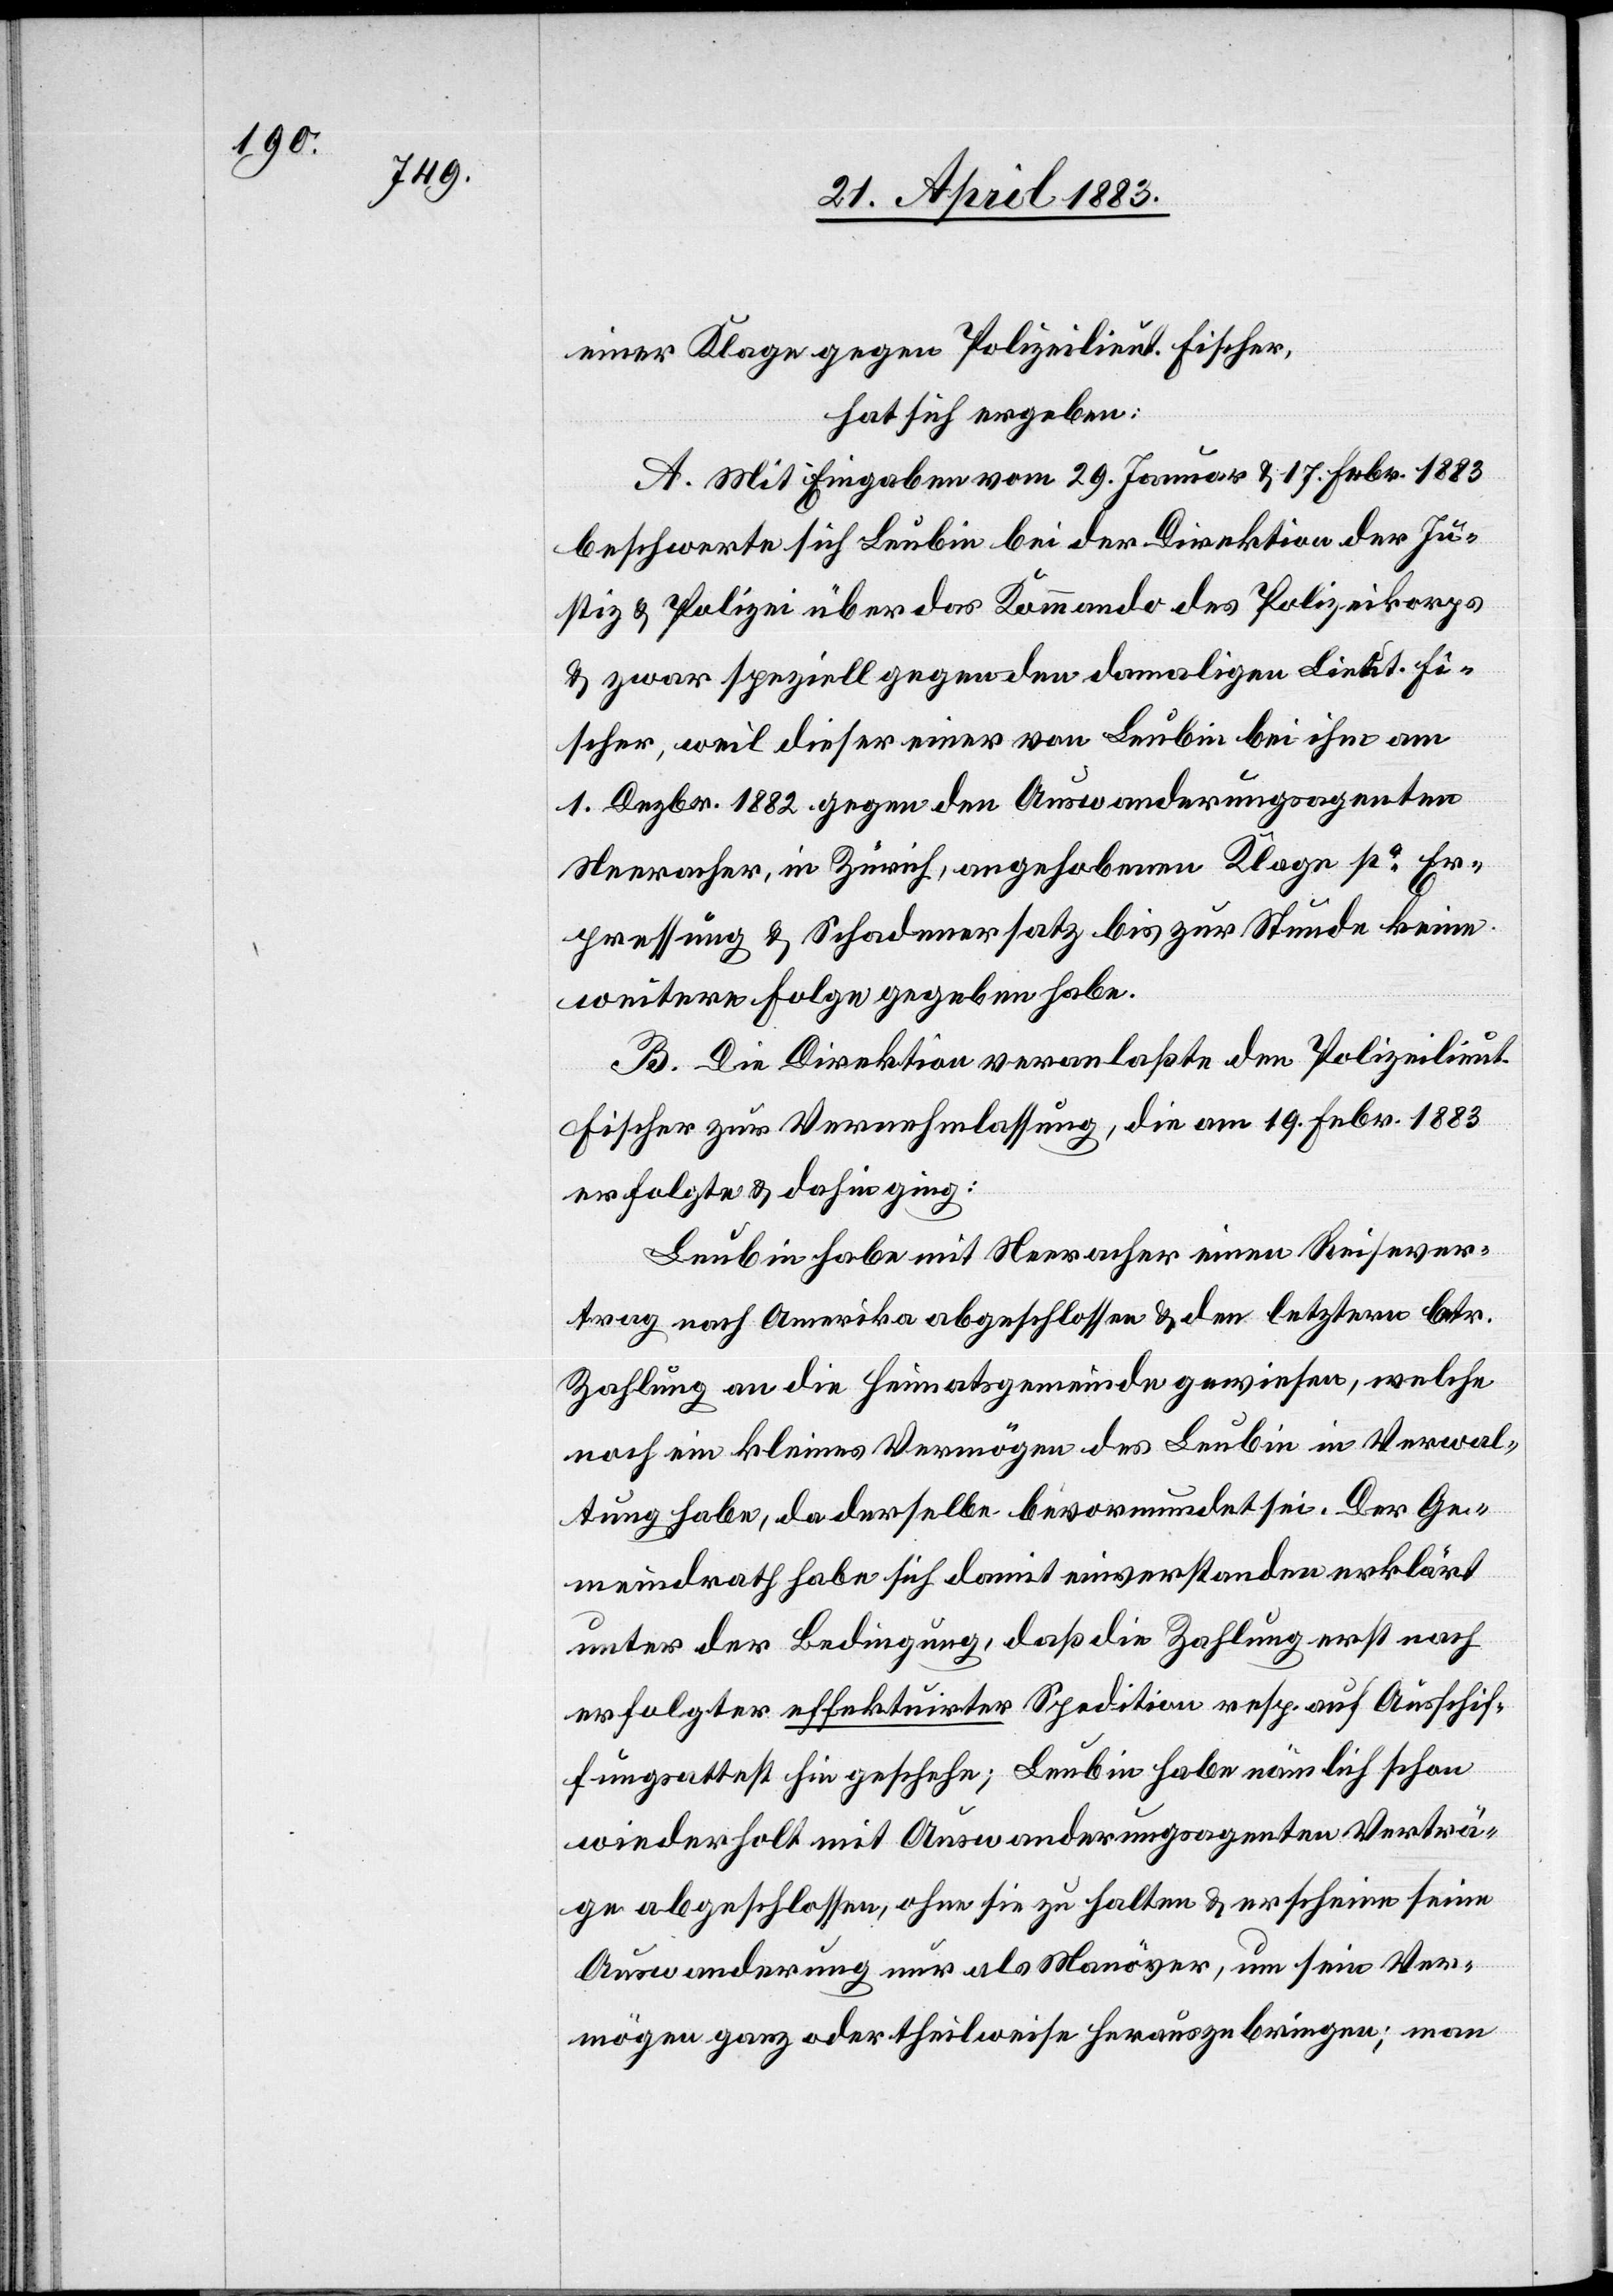
einer Klage gegen Polizeilieut. Fischer,
hat sich ergeben:
A. Mit Eingabe vom 29. Januar & 17. Febr. 1883
beschwerte sich Leubin bei der Direktion der Ju¬
stiz & Polizei über das Kommando des Polizeikorps
& zwar speziell gegen den damaligen Lieut. Fi¬
scher, weil dieser einer von Leubin bei ihm am
1. Dezbr. 1882 gegen den Auswanderungsagenten
Neeracher, in Zürich, angehobene Klage po Er¬
pressung & Schadenersatz bis zur Stunde keine
weitere Folge gegeben habe.
B. Die Direktion veranlasste den Polizeilieut.
Fischer zur Vernehmlassung, die am 19. Febr. 1883
erfolgte & dahin ging:
Leubin habe mit Neeracher einen Reisever¬
trag nach Amerika abgeschlossen & den letztern betr.
Zahlung an die Heimatsgemeinde gewiesen, welche
noch eine kleines Vermögen des Leubin in Verwal¬
tung habe, da derselbe bevormundet sei. Der Ge¬
meindrath habe sich damit einverstanden erklärt
unter der Bedingung, daß die Zahlung erst nach
erfolgter effektuirter Spedition resp. auf Ausschif¬
fungsattest hin geschehe; Leubin habe nämlich schon
wiederholt mit Auswanderungsagenten Verträ¬
ge abgeschlossen, ohne sie zu halten & erscheine seine
Auswanderung nur als Manöver, um sein Ver¬
mögen ganz oder theilweise herauszubringen; man